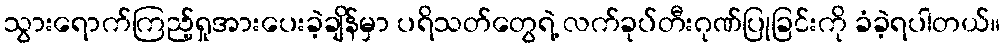
သွားရောက်ကြည့်ရှုအားပေးခဲ့ချိန်မှာ ပရိသတ်တွေရဲ့ လက်ခုပ်တီးဂုဏ်ပြုခြင်းကို ခံခဲ့ရပါတယ်။